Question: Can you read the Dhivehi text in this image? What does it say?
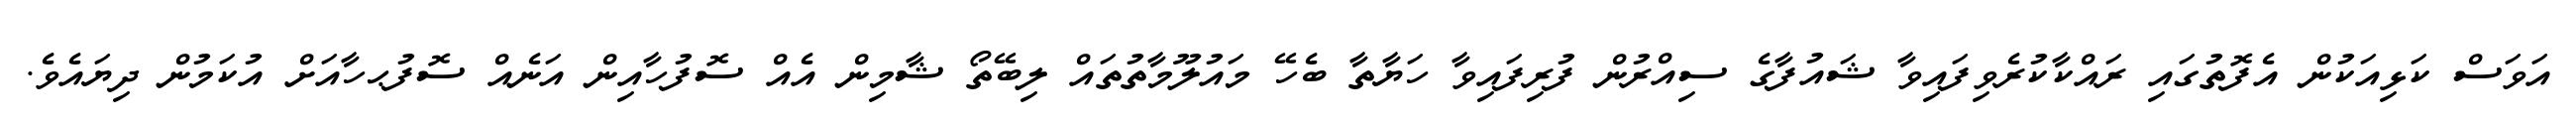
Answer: އަވަސް ކަޅިއަކުން އެފޮތުގައި ރައްކާކުރެވިފައިވާ ޝައުފާގެ ސިއްރުން ފުރިފައިވާ ހަޔާތާ ބެހޭ މައުލޫމާތުތައް ލިބޭތޯ ޝާމިން އެއް ސޮފުހާއިން އަނެއް ސޮފުޙހާއަށް އުކަމުން ދިޔައެވެ.